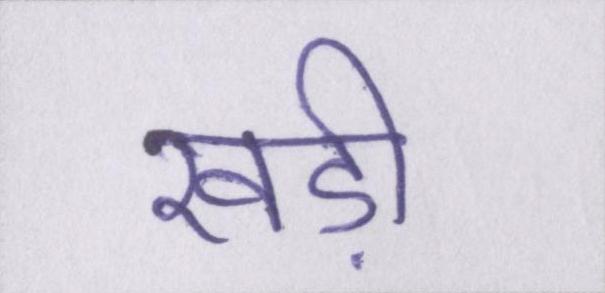
खड़ी